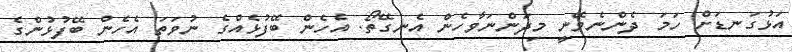
އަޅުގަނޑަށް ހަމަ ދެންނެވޭނީ މިދަންނަވާހެން އެނގޭތޯ. އެހެން ބޭފުޅެއްގެ ނުވަތަ އެހެން ބޭފުޅުންގެ